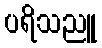
ပရိသညူ